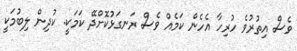
ވެސް އިތުރުވެ ހުރިހާ އެހެން ކަމެއް ވެސް ރަނގަޅުކޮށްދޭ ކަމަކީ. ކުދިން ލިބުމަކީ